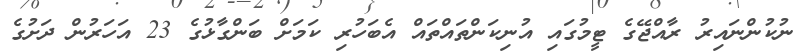
ނުކުންނައިރު ރާއްޖޭގެ ޓީމުގައި އުނިކަންތައްތައް އެބަހުރި ކަމަށް ބަންގާޅުގެ 23 އަހަރުން ދަށުގެ